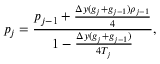
p _ { j } = \frac { p _ { j - 1 } + \frac { \Delta y ( g _ { j } + g _ { j - 1 } ) \rho _ { j - 1 } } { 4 } } { 1 - \frac { \Delta y ( g _ { j } + g _ { j - 1 } ) } { 4 T _ { j } } } ,